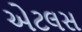
એટલસ